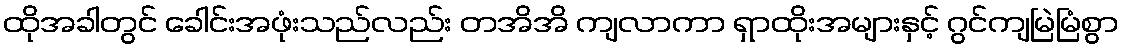
ထိုအခါတွင် ခေါင်းအဖုံးသည်လည်း တအိအိ ကျလာကာ ရှာထိုးအများနှင့် ဂွင်ကျမြဲမြံစွာ